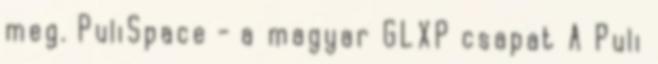
meg. PuliSpace - a magyar GLXP csapat A Puli